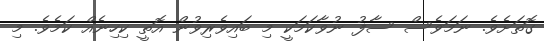
ގޮތަށެވެ. ނަމަވެސް ސާފު ނުވާކަމަކީ މި ބައިވެރިވުން އޮތީ ކިހިނެއް ކަމެވެ. މި